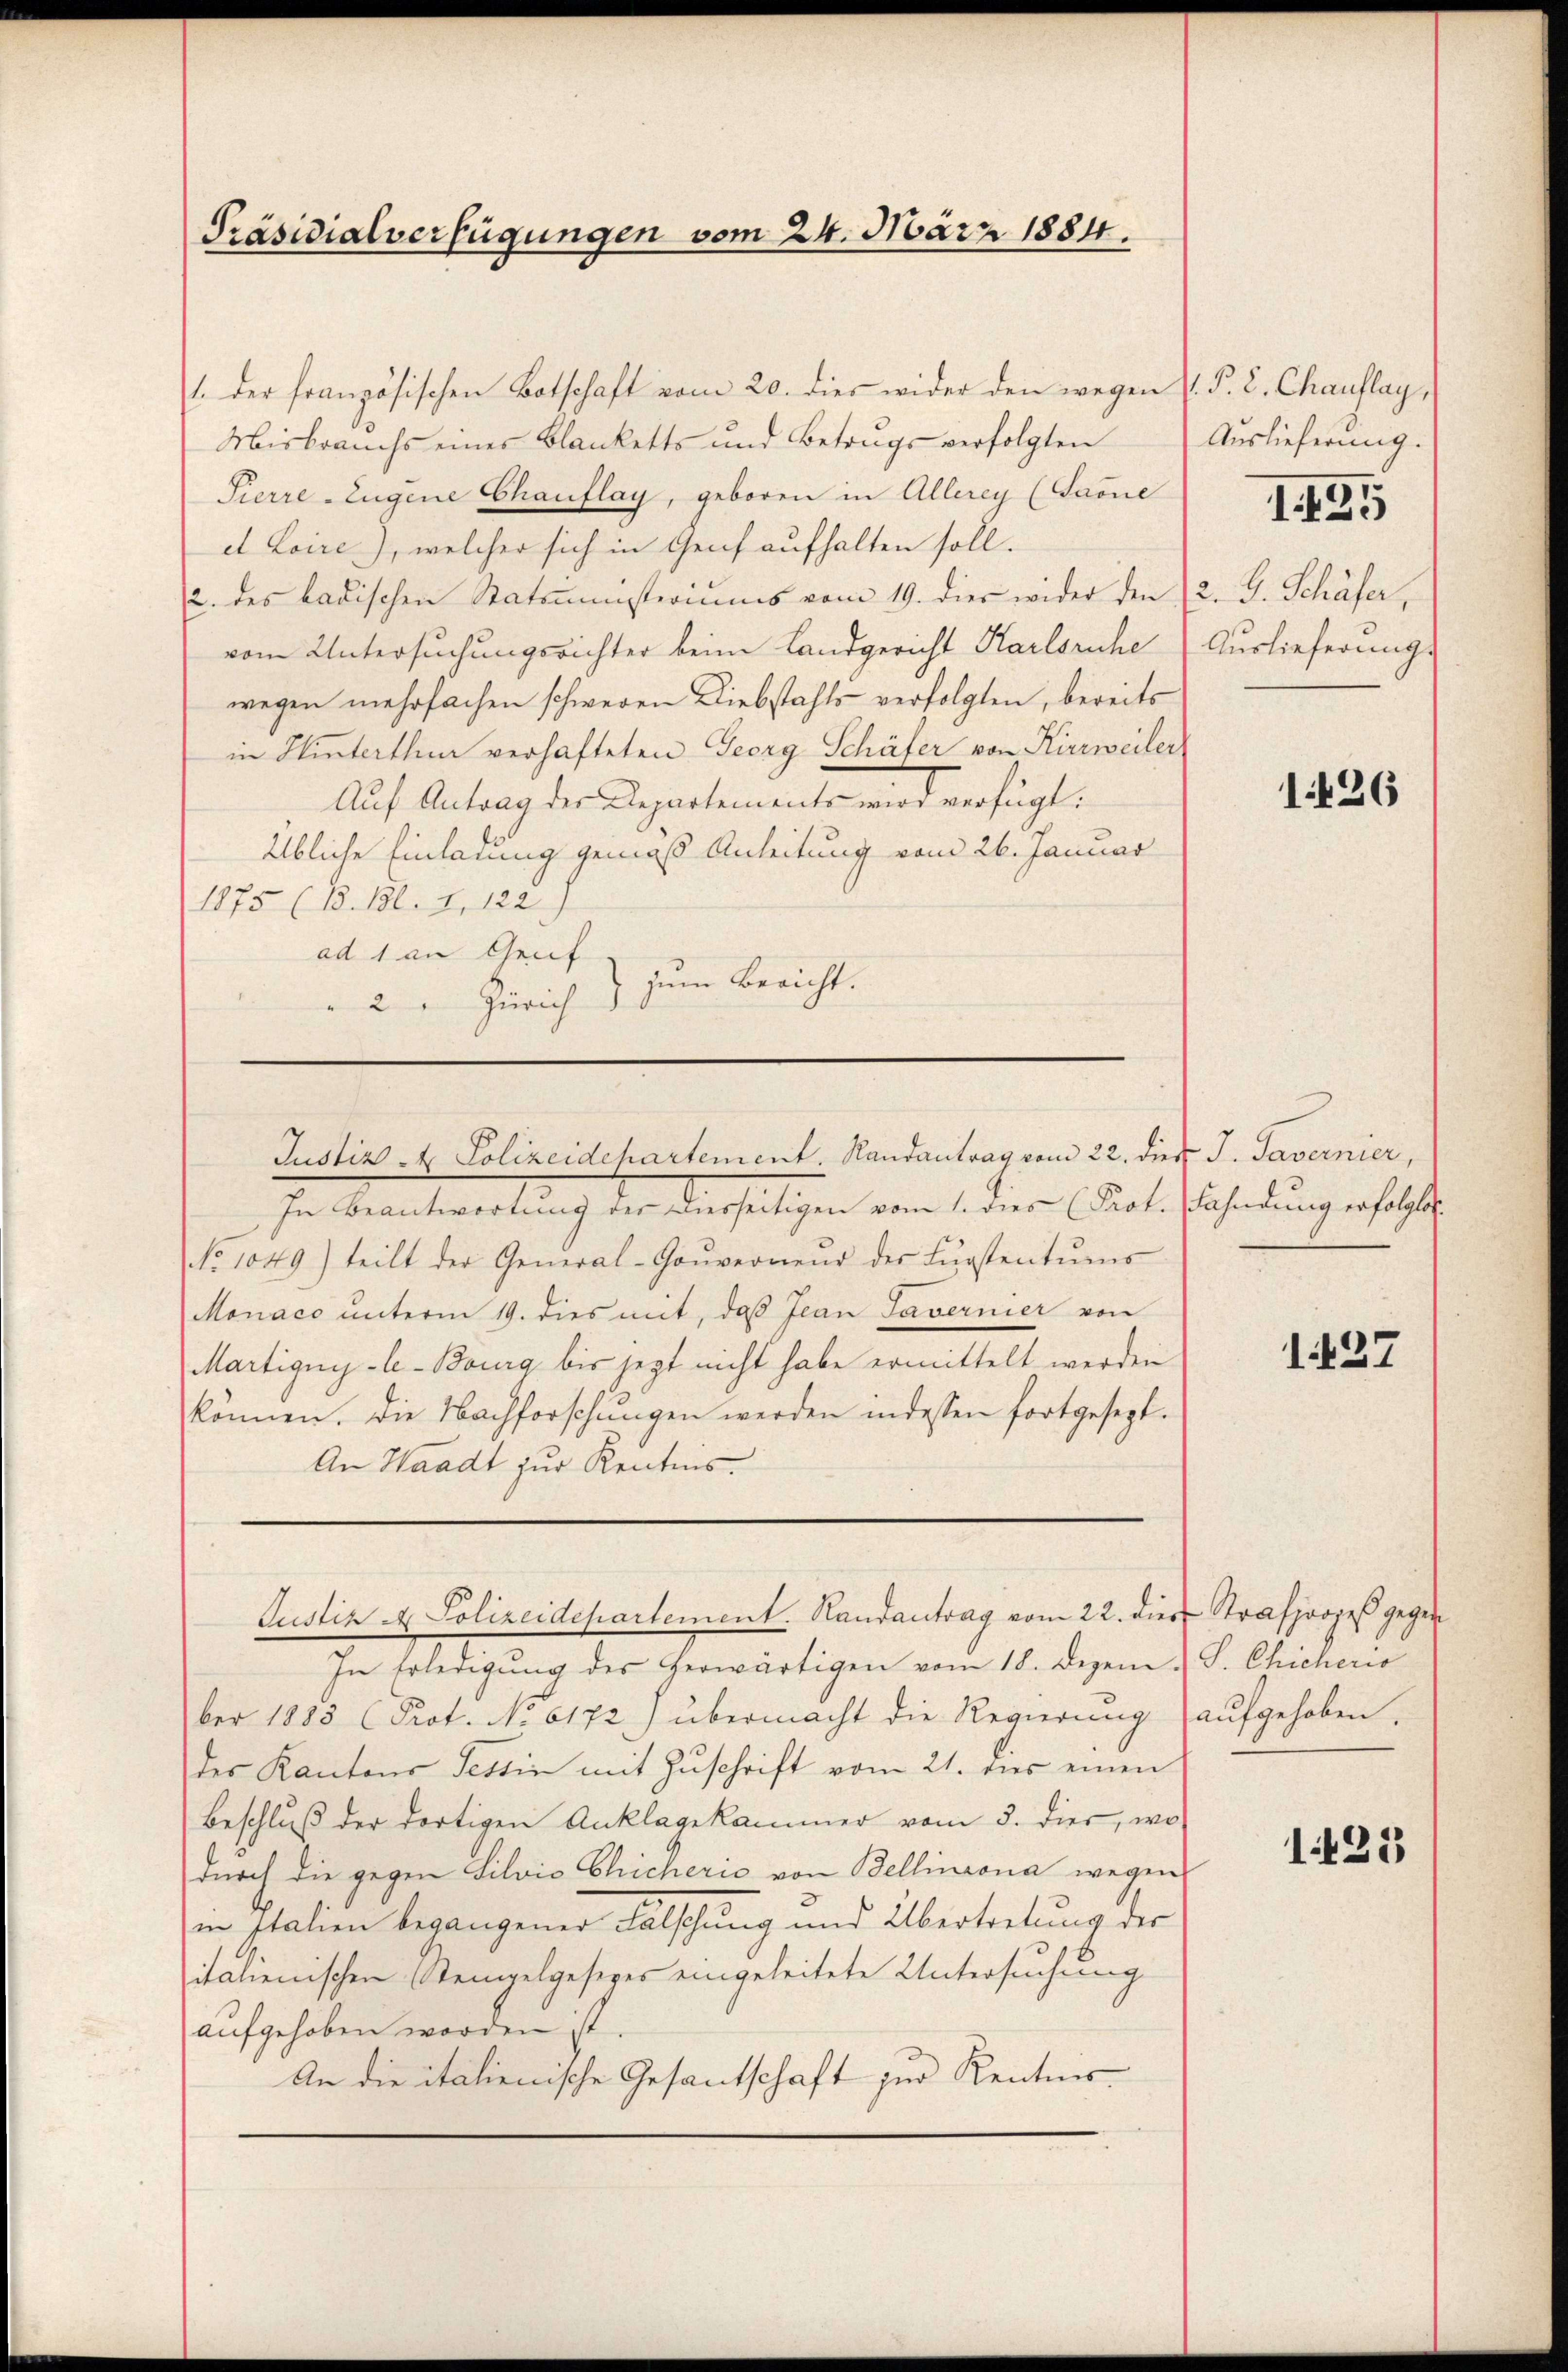
1. der französischen Botschaft vom 20. dies wider den wegen J. P. C. Chauflag,
Misbrauchs eines Blanketts und Betrugs verfolgten
Sierre-Eugene Chauflag, geboren in Allerey (Saone
e Loire), welcher sich in Genf aufhalten soll.
2. des badischen Statministeriums vom 19. dies wider den
vom Untersuchungsrichter beim Landgericht Karlsruhe
wegen mehrfachen schweren Diebstahls verfolgten, bereits
in Hinterthur verhafteten Georg Schäfer von Kirrweiler
Auf Antrag der Departementes wird verfügt:
Übliche Einladung gemäß Anleitung vom 26. Januar
1875 (B. Bl. 1, 122)
ad 1 an Graf
zum Bericht.
2 Zürich d

Präsidialverfügungen vom 24. März 1884.

In Beantwortung der diesseitigen vom 1. dies (Prot. Fahndung erfolgte
No 1049) teilt der General-Gouverneur des Lŭgstentums
Monaco ŭnterm 19. dies mit, daβ Jean Tavernier von
Martigny-le-Bourg bis jezt nicht habe ermittelt werden
können. Die Nachforschŭngen werden indessen fortgesezt.
An Waadt zur Kenntnis.

Justiz- & Polizeidchartement. Randantrag vom 22. dies J. Tavernier,

In Erledigŭng des herwärtigen vom 18. Dezem. S. Chicherio
ber 1885 (Prot. No 6172) übermacht die Regierung aufgehoben,
des Kantons Tessin mit Zuschrift vom 21. dies einen
Beschluß der dortigen Anklagekammer vom 3. dies, wo
dŭrch die gegen Silvis Chicherić von Bellinzona wegen
in Italien begangener Falschung und Übertretung der
italienischen Stempelgesezes eingeleitete Untersuchung
aufgehoben worden ist.
An die italienische Gesantschaft zur Kentnis¬

Justiz & Polizeidepartement. Handantrag vom 22. dies Strafprozeß gegen

Auslieferung.
2. J. Schäfer,
Auslieferung.

1421

1426

1437

1425